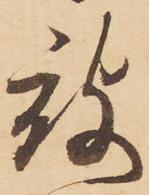
被